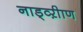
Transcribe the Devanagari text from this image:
नाड्व्ऱीाण